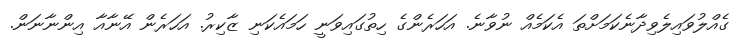
ގެއްލުވައިލެވިދާނެކަމަށްތަ އެކަމެއް ނުވާނެ. އަހަރެންގެ ހިތުގައިވަނީ ހަމައެކަނި ޒާކިރު. އަހަރެން އޭނާއާ އިންނާނަން.